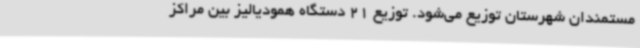
مستمندان شهرستان توزیع می‌شود. توزیع 21 دستگاه همودیالیز بین مراکز